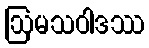
ဩမသဝါဒဿ